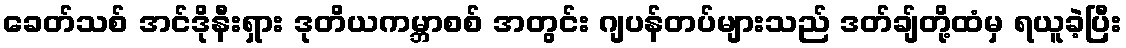
ခေတ်သစ် အင်ဒိုနီးရှား ဒုတိယကမ္ဘာစစ် အတွင်း ဂျပန်တပ်များသည် ဒတ်ချ်တို့ထံမှ ရယူခဲ့ပြီး